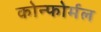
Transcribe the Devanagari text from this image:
कोन्फोर्मल